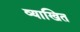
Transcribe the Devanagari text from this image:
व्याखित